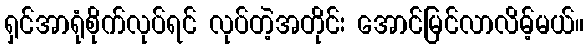
ရှင်အာရုံစိုက်လုပ်ရင် လုပ်တဲ့အတိုင်း အောင်မြင်လာလိမ့်မယ်။